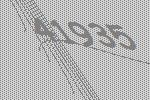
41935